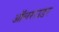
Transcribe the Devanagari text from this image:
ऑलराउडर